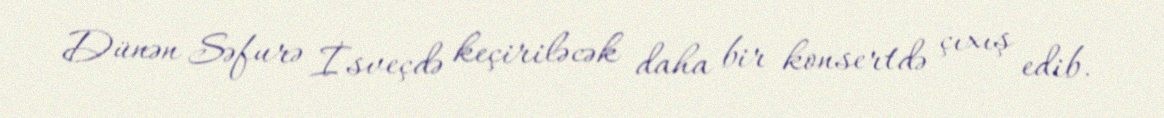
Dünən Səfurə İsveçdə keçiriləcək daha bir konsertdə çıxış edib.